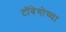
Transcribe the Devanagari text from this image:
टॉबेगोच्या